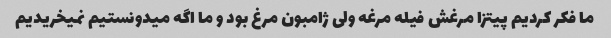
ما فکر کردیم پیتزا مرغش فیله مرغه ولی ژامبون مرغ بود و ما اگه میدونستیم نمیخریدیم